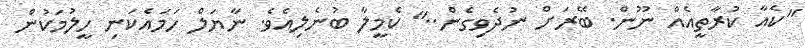
"ކެއާ ކުރާތީއެއް ނޫން. ބޭރަށް ނުދެވިގެން.." ކެމީލާ ބުނެލިއެވެ. ނާޔަލް ހަމައެކަނި ހީލުމަކުން